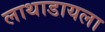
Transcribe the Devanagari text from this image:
लाथाडायला